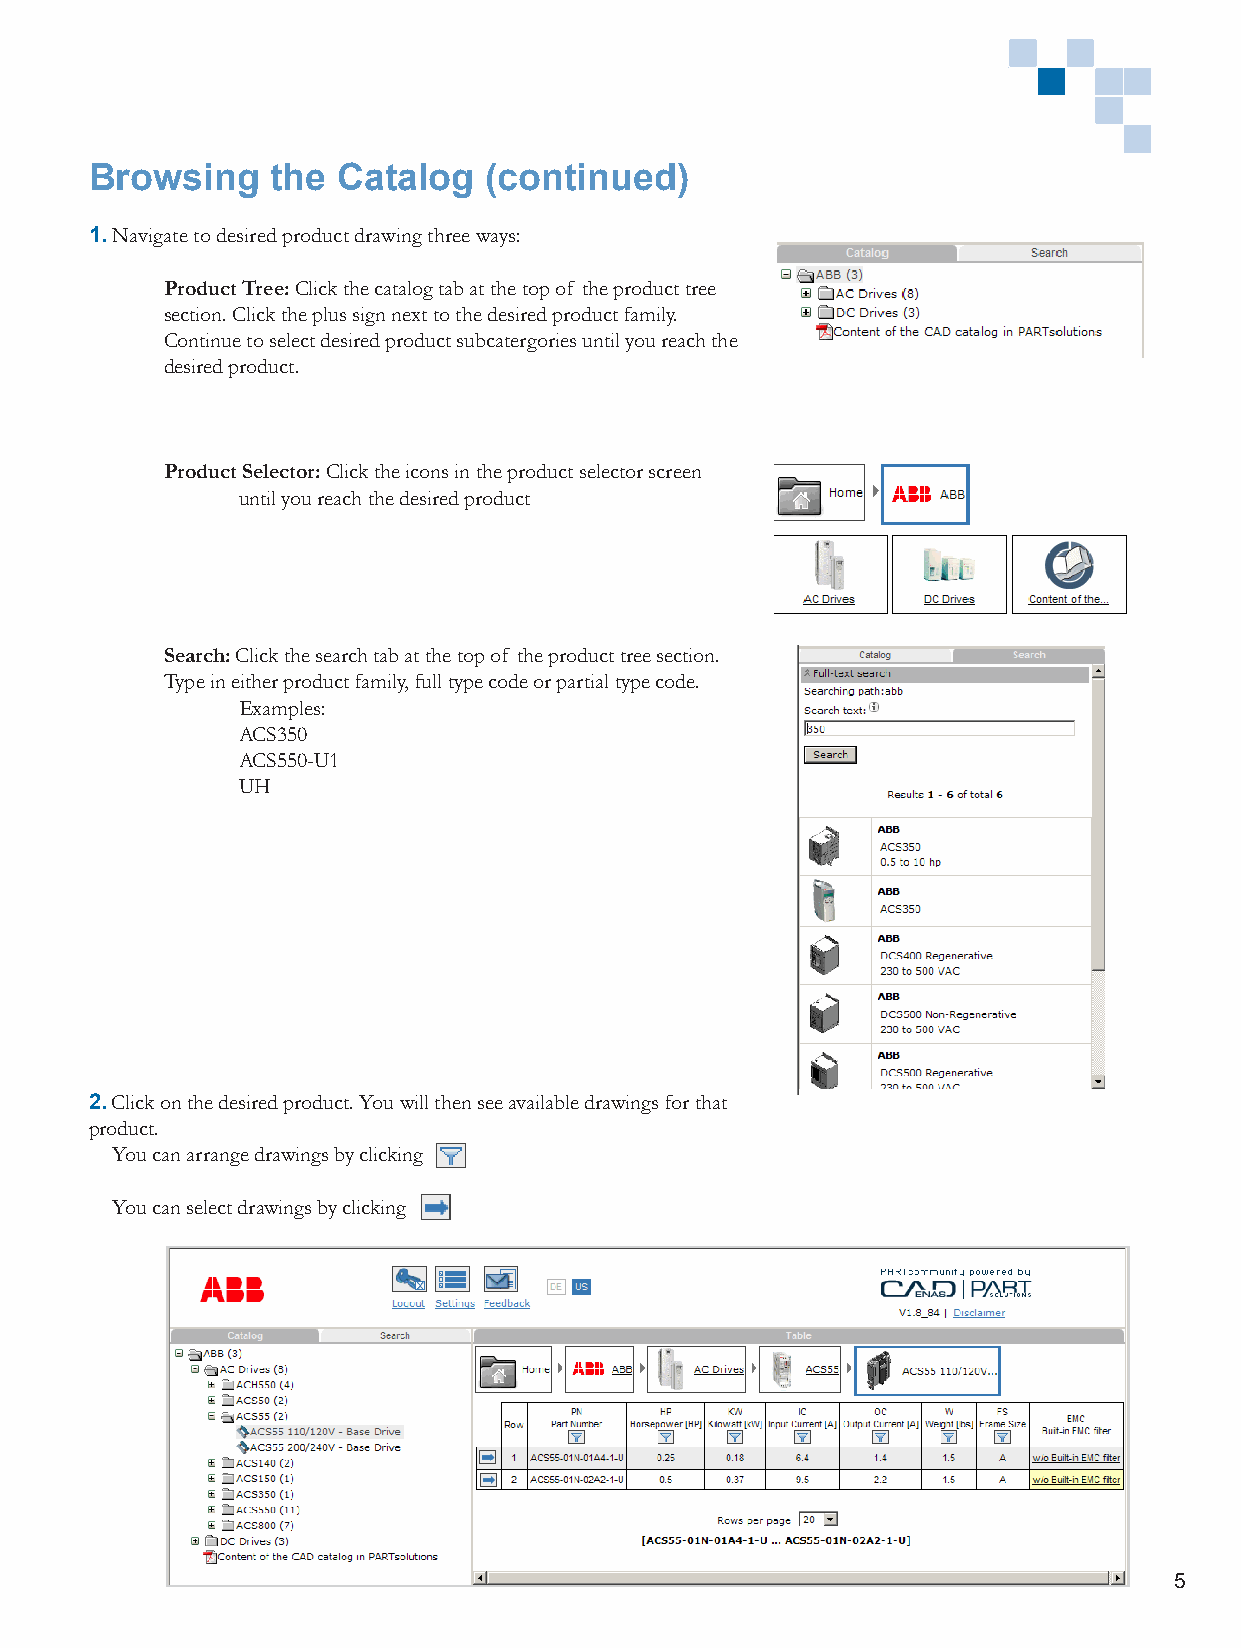
Browsing    the Catalog   (continued)
 1. Navigate to desired product drawing three ways:
 Product Tree: Click the catalog tab at the top of the product tree
 section. Click the plus sign next to the desired product family.
 Continue to select desired product subcatergories until you reach the
 desired product.
 Product Selector: Click the icons in the product selector screen
 until you reach the desired product
 Search: Click the search tab at the top of the product tree section.
 Type in either product family, full type code or partial type code.
 Examples:
 ACS350
 ACS550-U1
 UH
 2. Click on the desired product. You will then see available drawings for that
 product.
 You can arrange drawings by clicking
 You can select drawings by clicking
 